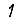
Digit: 1